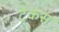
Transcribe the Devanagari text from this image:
ट्रेकस